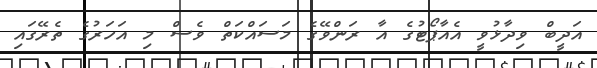
އަދީބް ވިދާޅުވީ އެއާޕޯޓުގެ އާ ރަންވޭގެ މަސައްކަތް ވެސް މި އަހަރުގެ ތެރޭގައި